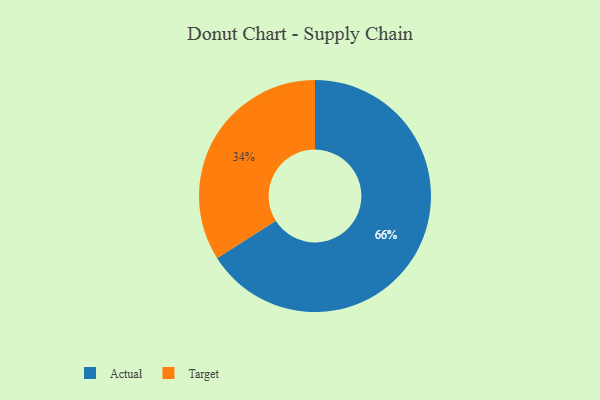
{"axis": {"x": "Category", "y": "Percentage"}, "legend": ["Actual", "Target"], "data": [{"x": "Target", "y": 34, "type": "Target"}, {"x": "Actual", "y": 66, "type": "Actual"}]}